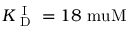
K _ { \mathrm { ~ D ~ } } ^ { \mathrm { ~ I ~ } } = 1 8 \mathrm { \ m u M }